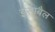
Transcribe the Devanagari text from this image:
इसाबैल